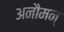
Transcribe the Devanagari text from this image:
अनौमन्